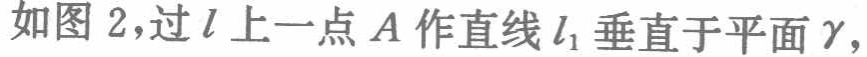
如图 2,过\(l\)上一点\(A\)作直线\(l_{1}\)垂直于平面\(\gamma\),